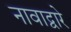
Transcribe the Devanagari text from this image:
नावाद्वारे